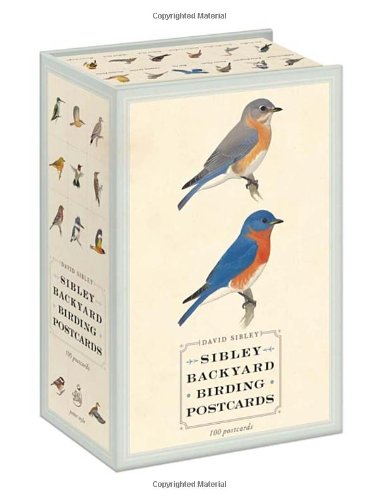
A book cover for Sibley Backyard Birding Postcards: 100 Postcards; David Sibley; Arts & Photography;